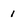
Character: i